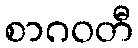
စာဂဝတီ